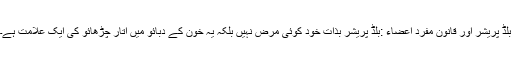
بلڈ پریشر اور قانونِ مفرد اعضاء :بلڈ پریشر بذاتِ خود کوئی مرض نہیں بلکہ یہ خون کے دبائو میں اتار چڑھائو کی ایک علامت ہے۔